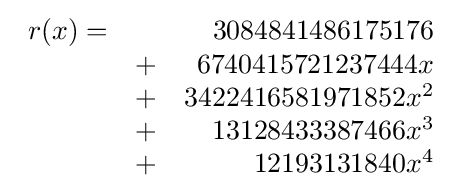
{\begin{array}{rrr}r(x)=&{}&3084841486175176\\&+&6740415721237444x\\&+&3422416581971852x^{2}\\&+&13128433387466x^{3}\\&+&12193131840x^{4}\end{array}}